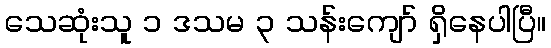
သေဆုံးသူ ၁ ဒသမ ၃ သန်းကျော် ရှိနေပါပြီ။